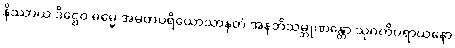
နိဿာယ ဒိဋ္ဌေဝ ဓမ္မေ အမတပရိယောသာနတံ အနဘိသမ္ဘုဏန္တော သုဂတိပရာယနော